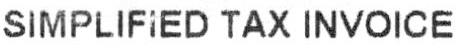
SIMPLIFIED TAX INVOICE